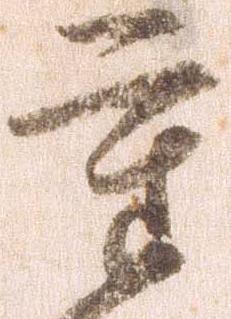
重